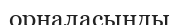
орналасынды